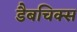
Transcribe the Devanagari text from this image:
डैबचिक्स